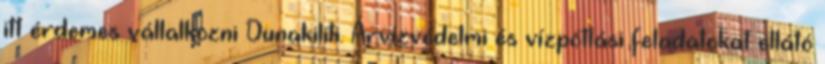
itt érdemes vállalkozni Dunakiliti. Árvízvédelmi és vízpótlási feladatokat ellátó